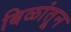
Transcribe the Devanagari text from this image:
बिळांतून